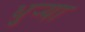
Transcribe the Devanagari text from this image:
धुर्‍या